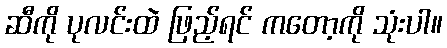
ဆီကို ပုလင်းထဲ ဖြည့်ရင် ကတော့ကို သုံးပါ။